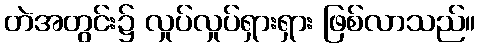
တဲအတွင်း၌ လှုပ်လှုပ်ရှားရှား ဖြစ်လာသည်။